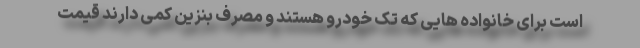
است برای خانواده هایی که تک خودرو هستند و مصرف بنزین کمی دارند قیمت